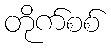
တိုက်စစ်